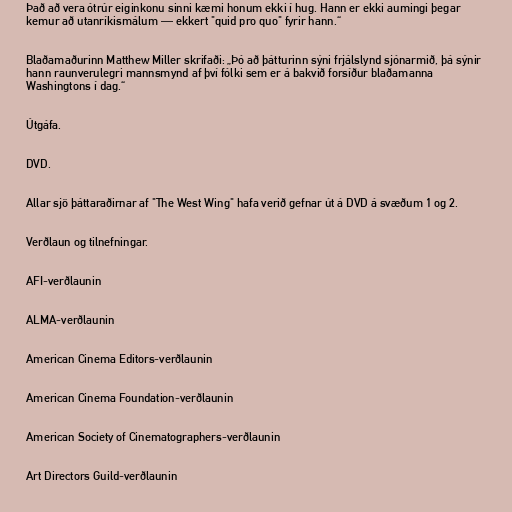
Það að vera ótrúr eiginkonu sinni kæmi honum ekki í hug. Hann er ekki aumingi þegar
kemur að utanríkismálum — ekkert "quid pro quo" fyrir hann.“

Blaðamaðurinn Matthew Miller skrifaði: „Þó að þátturinn sýni frjálslynd sjónarmið, þá sýnir
hann raunverulegri mannsmynd af því fólki sem er á bakvið forsíður blaðamanna
Washingtons í dag.“

Útgáfa.

DVD.

Allar sjö þáttaraðirnar af "The West Wing" hafa verið gefnar út á DVD á svæðum 1 og 2.

Verðlaun og tilnefningar.

AFI-verðlaunin

ALMA-verðlaunin

American Cinema Editors-verðlaunin

American Cinema Foundation-verðlaunin

American Society of Cinematographers-verðlaunin

Art Directors Guild-verðlaunin